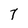
Character: 7